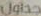
جداول